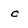
Character: c